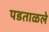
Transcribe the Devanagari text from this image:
पडताळले